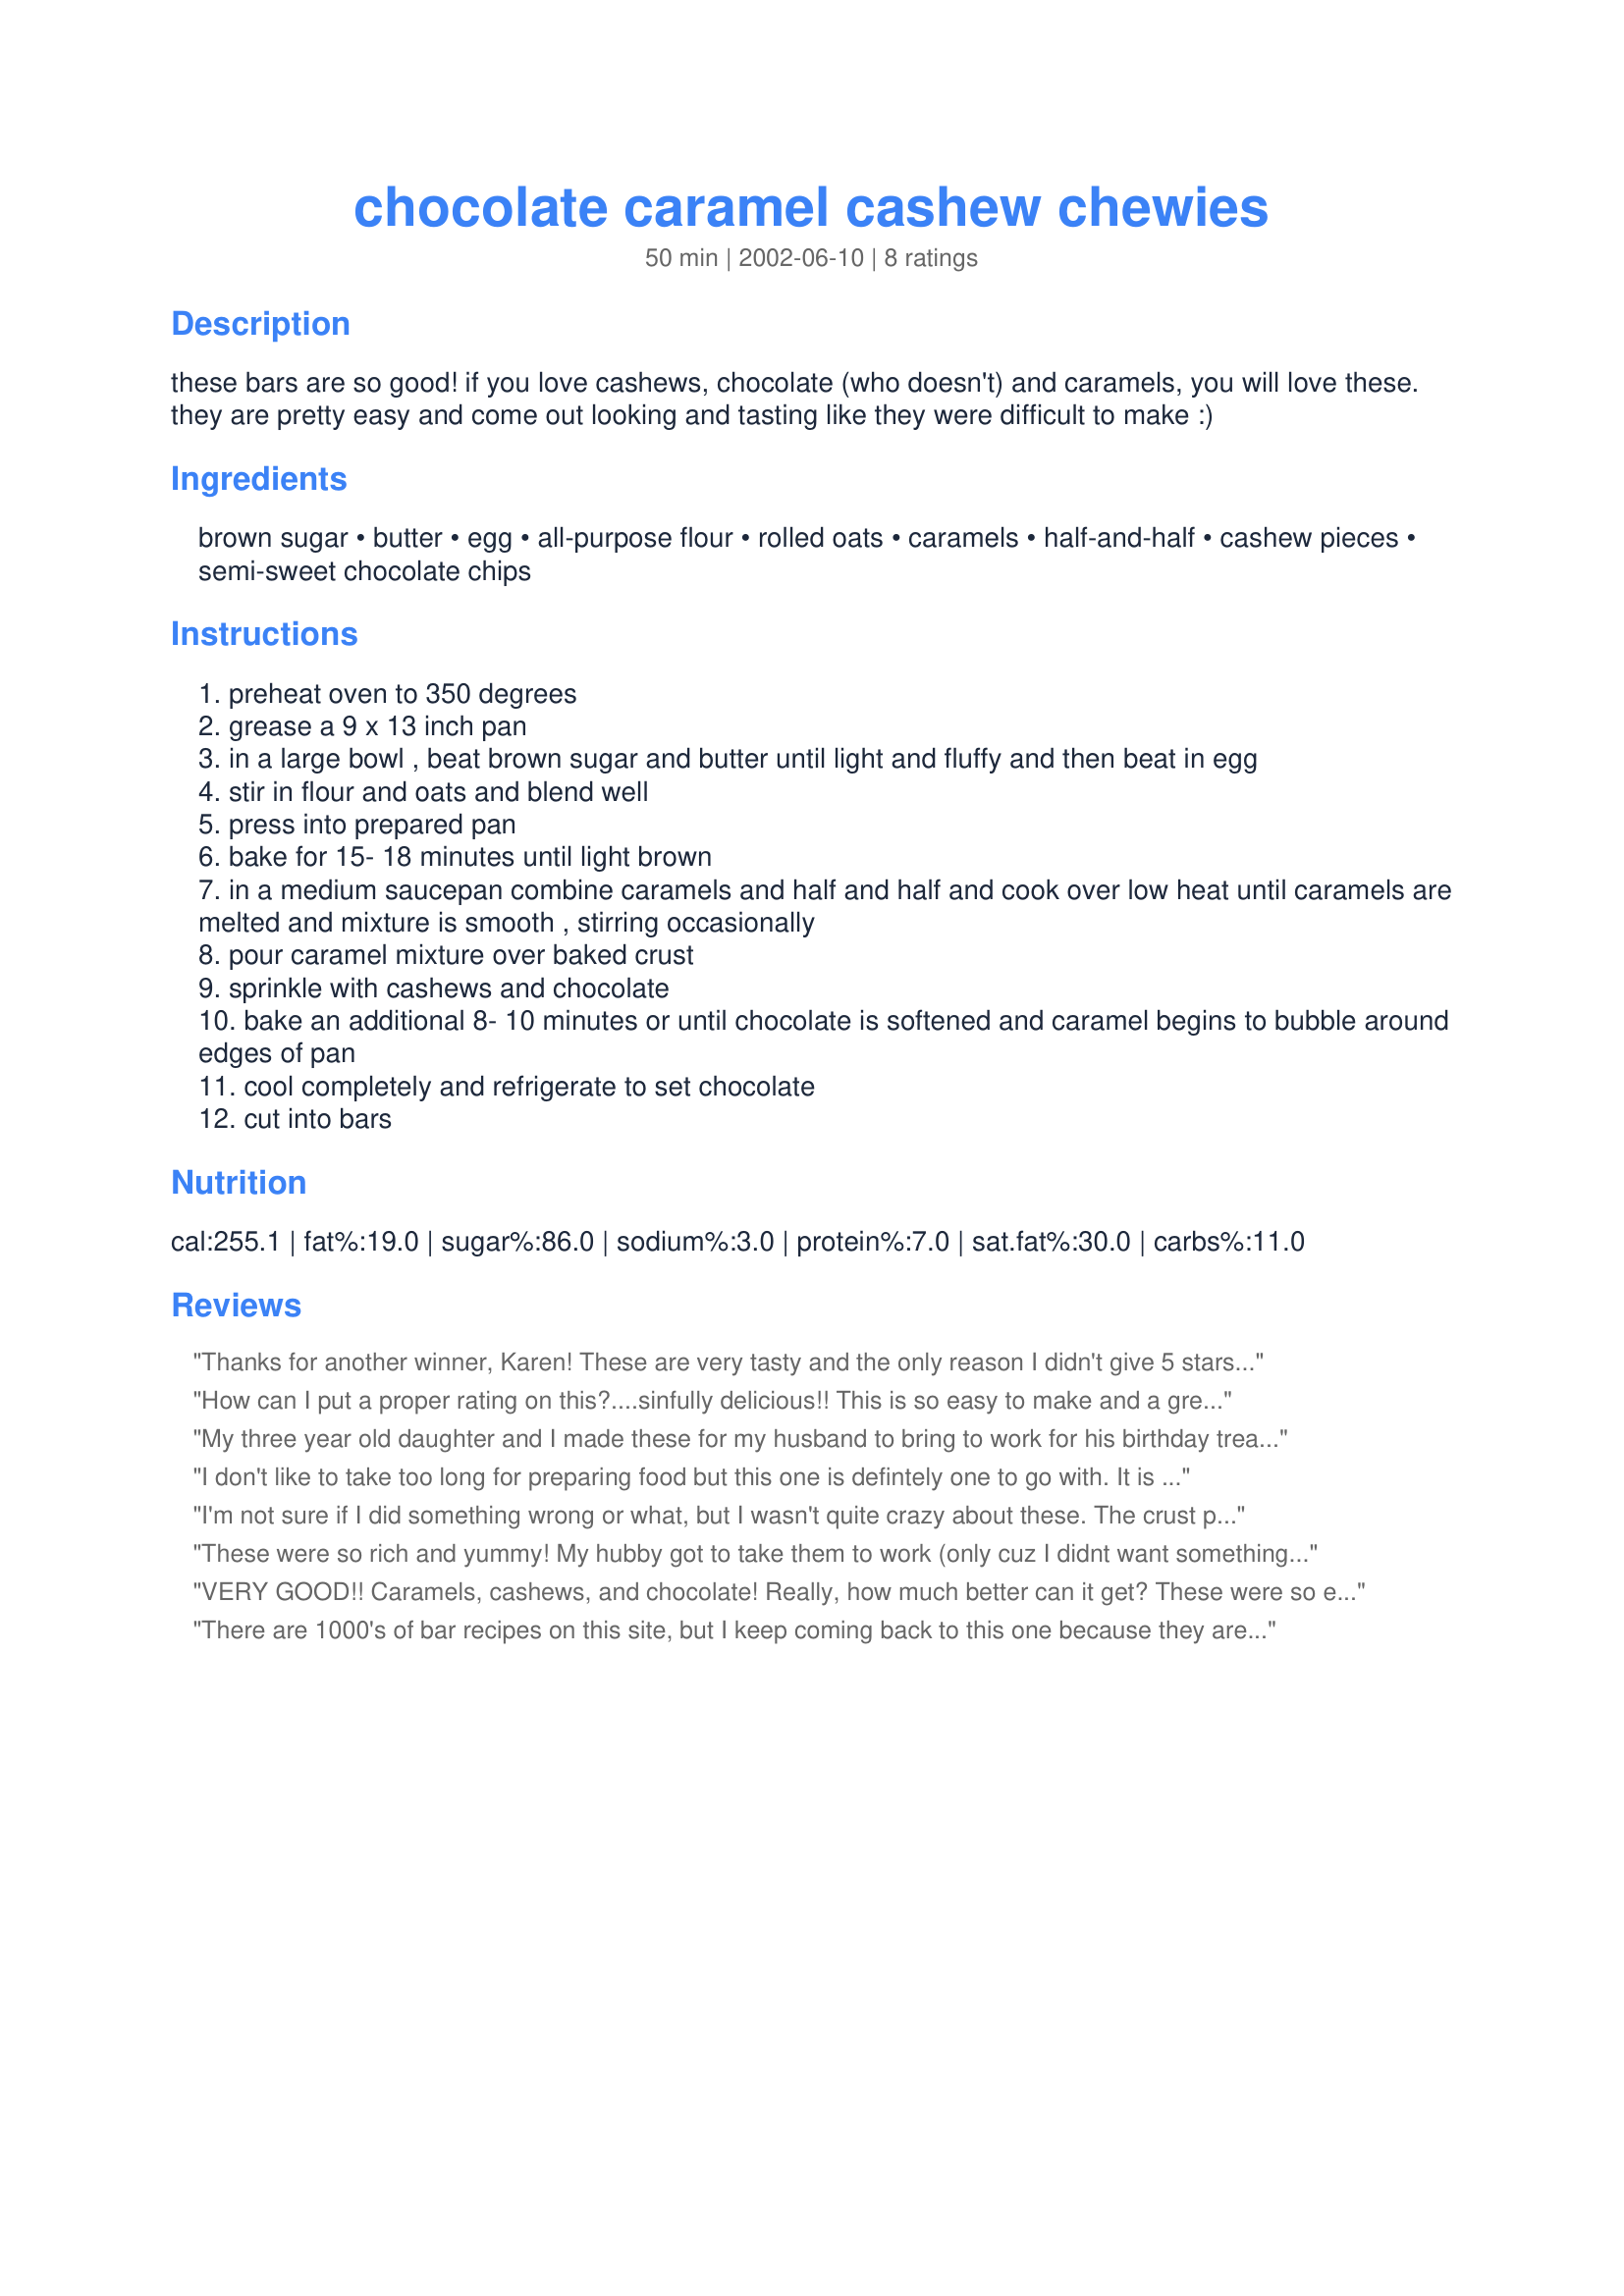
chocolate caramel cashew chewies
Preparation time: 50 minutes

these bars are so good! if you love cashews, chocolate (who doesn't) and caramels, you will love these. they are pretty easy and come out looking and tasting like they were difficult to make :)

Ingredients:
brown sugar, butter, egg, all-purpose flour, rolled oats, caramels, half-and-half, cashew pieces, semi-sweet chocolate chips

Steps:
preheat oven to 350 degrees
grease a 9 x 13 inch pan
in a large bowl , beat brown sugar and butter until light and fluffy and then beat in egg
stir in flour and oats and blend well
press into prepared pan
bake for 15- 18 minutes until light brown
in a medium saucepan combine caramels and half and half and cook over low heat until caramels are melted and mixture is smooth , stirring occasionally
pour caramel mixture over baked crust
sprinkle with cashews and chocolate
bake an additional 8- 10 minutes or until chocolate is softened and caramel begins to bubble around edges of pan
cool completely and refrigerate to set chocolate
cut into bars

Reviews:
Thanks for another winner, Karen! These are very tasty and the only reason I didn't give 5 stars is purely personal taste. Hub and I both found them to be almost (note "almost" :) too rich. I cut them in small squares and they were very popular at a potluck. Only one other thing - and it is a baby "whine" on my part - unwrapping the caramels tried my patience! LOL Too bad I don't have a youngster to help me. Oh, well. I wonder if caramel ice cream topping in a jar would work? I will definitely make it again!
How can I put a proper rating on this?....sinfully delicious!! This is so easy to make and a great recipe for kids to help out! Don't want to unwrap all those caramels? It was a great and enjoyable job for my 4 and 6 year old children. Very scrumptious! Will definitely be a new entry into my cookbook! Thanks for the great recipe Karen!
My three year old daughter and I made these for my husband to bring to work for his birthday treat and all I can say is DIVINE. These are sinful. These are easy enough that my three year old, who loves to bake helped me make them. I can say that so far I have not been disappointed with any of your recipes. Keep up the good work Karen.
I don't like to take too long for preparing food but this one is defintely one to go with. It is quite delious and really worth the time. I am stuck on chocolate and carmels and this satify the taste buds.
I'm not sure if I did something wrong or what, but I wasn't quite crazy about these. The crust part was crumbly and kinda bland.... The chocolate chip and cashew topping was good, though. I made these for my MIL for her birthday, and she said she liked them.
These were so rich and yummy! My hubby got to take them to work (only cuz I didnt want something like that lying around the house!), and he said that they were gone within 15 minutes. LOL Thanks for a great recipe!
VERY GOOD!! Caramels, cashews, and chocolate! Really, how much better can it get? These were so easy to make, and they don't require a lot of work, (except peeling those caramels!), and they are worth every minute! I recommend this recipe to all who want a sinfully rich dessert. Thanks, Karen!
There are 1000's of bar recipes on this site, but I keep coming back to this one because they are so good!

I use a 12X17 pan about 75% more than the original recipe, and they're still gone in a hurry.
